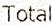
TOTAL